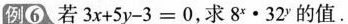
例6 若$$3 x + 5 y - 3 = 0$$，求$$8 ^ { x } \cdot 3 2 ^ { y }$$的值.